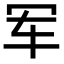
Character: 军